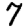
Digit: 7